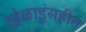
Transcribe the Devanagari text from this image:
खेळाडूंसहीत